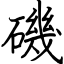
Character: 磯